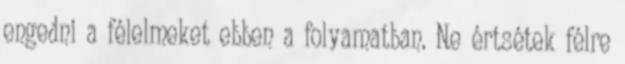
engedni a félelmeket ebben a folyamatban. Ne értsétek félre